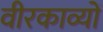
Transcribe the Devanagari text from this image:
वीरकाव्यों